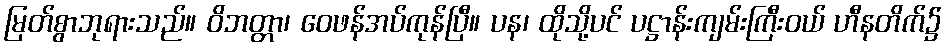
မြတ်စွာဘုရားသည်။ ဝိဘတ္တာ၊ ဝေဖန်အပ်ကုန်ပြီ။ ပန၊ ထိုသို့ပင် ပဋ္ဌာန်းကျမ်းကြီးဝယ် ဟီနတိက်၌